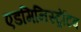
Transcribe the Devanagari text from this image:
एडमिनिस्ट्रेटिव